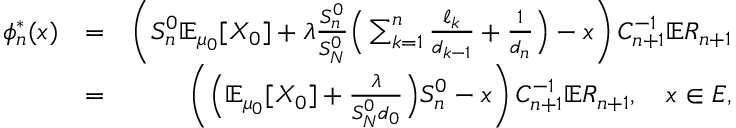
\begin{array} { r l r } { \phi _ { n } ^ { * } ( x ) } & { = } & { \left( S _ { n } ^ { 0 } \mathbb { E } _ { \mu _ { 0 } } [ X _ { 0 } ] + \lambda \frac { S _ { n } ^ { 0 } } { S _ { N } ^ { 0 } } \Big ( \sum _ { k = 1 } ^ { n } \frac { \ell _ { k } } { d _ { k - 1 } } + \frac { 1 } { d _ { n } } \Big ) - x \right) C _ { n + 1 } ^ { - 1 } \mathbb { E } R _ { n + 1 } } \\ & { = } & { \left( \Big ( \mathbb { E } _ { \mu _ { 0 } } [ X _ { 0 } ] + \frac { \lambda } { S _ { N } ^ { 0 } d _ { 0 } } \Big ) S _ { n } ^ { 0 } - x \right) C _ { n + 1 } ^ { - 1 } \mathbb { E } R _ { n + 1 } , \quad x \in E , } \end{array}